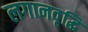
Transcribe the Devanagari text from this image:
लगानवृद्धि